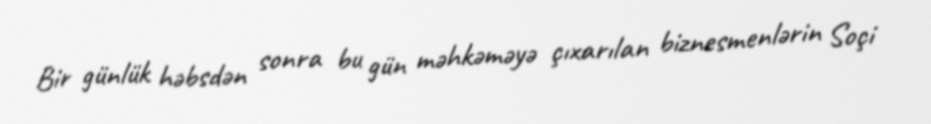
Bir günlük həbsdən sonra bu gün məhkəməyə çıxarılan biznesmenlərin Soçi